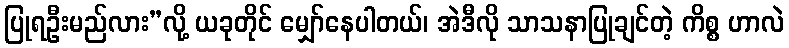
ပြုရဦးမည်လား”လို့ ယခုတိုင် မျှော်နေပါတယ်၊ အဲဒီလို သာသနာပြုချင်တဲ့ ကိစ္စ ဟာလဲ